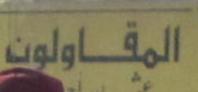
المقاولون